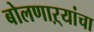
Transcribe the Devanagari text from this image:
बोलणाऱ्यांचा